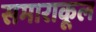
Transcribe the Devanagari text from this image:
समाराकूल